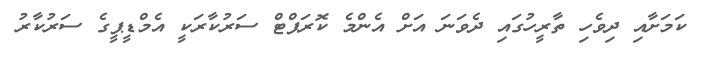
ކަމަށާއި ދިވެހި ތާރީހުގައި ދެވަނަ އަށް އެންމެ ކޮރަޕްޓް ސަރުކާރަކީ އެމްޑީޕީގެ ސަރުކާރު